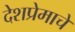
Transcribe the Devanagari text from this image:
देशप्रेमाचे